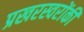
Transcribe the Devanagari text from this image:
प्रखरस्वरोंकी